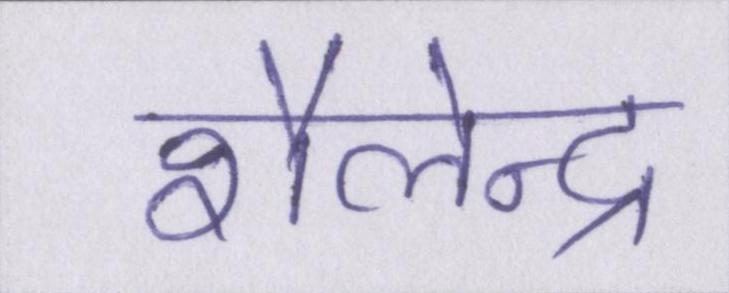
शैलेन्द्र